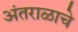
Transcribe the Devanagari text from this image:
अंतराळाचे